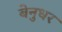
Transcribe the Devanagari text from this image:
बेनुधर